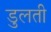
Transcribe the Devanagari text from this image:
डुलती